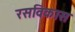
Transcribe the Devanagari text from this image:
रसविकास